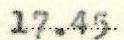
17.45